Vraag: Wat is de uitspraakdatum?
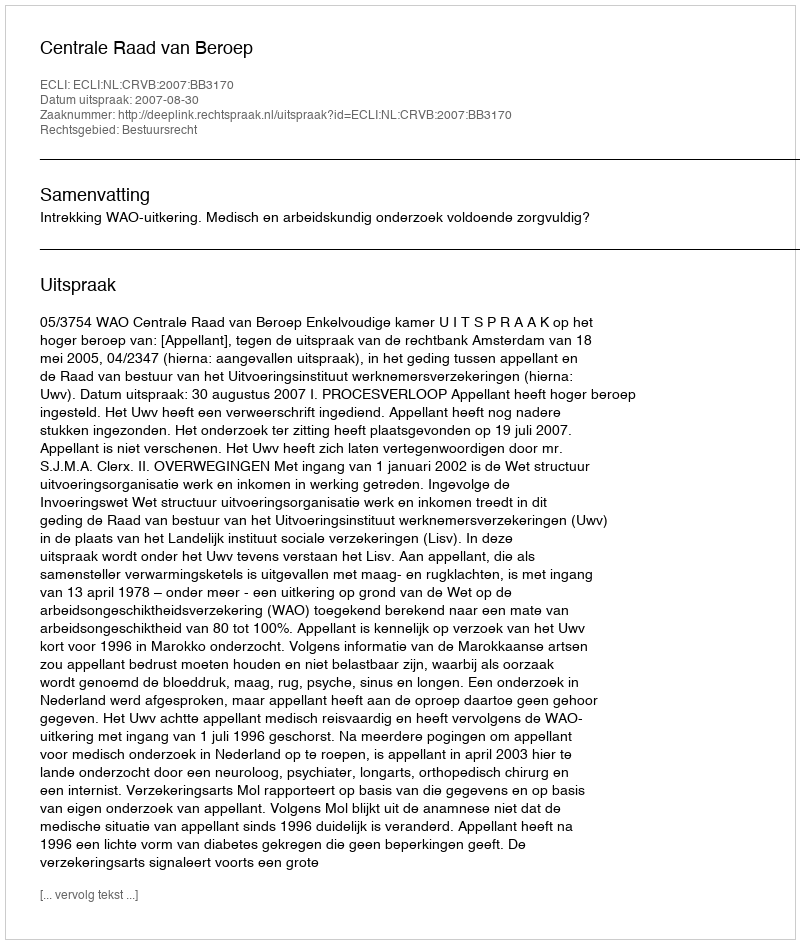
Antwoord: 2007-08-30